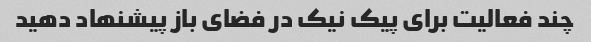
چند فعالیت برای پیک نیک در فضای باز پیشنهاد دهید